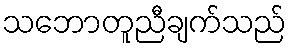
သဘောတူညီချက်သည်